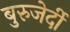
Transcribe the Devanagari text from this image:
बुरुजेर्दी